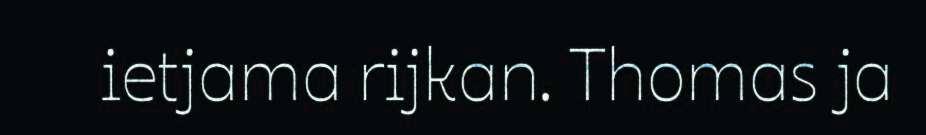
ietjama rijkan. Thomas ja